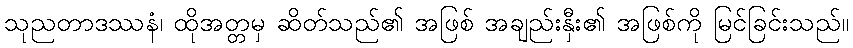
သုညတာဒဿနံ၊ ထိုအတ္တမှ ဆိတ်သည်၏ အဖြစ် အချည်းနှီး၏ အဖြစ်ကို မြင်ခြင်းသည်။